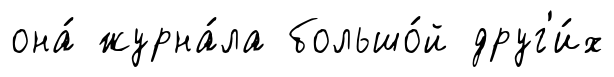
она́ журна́ла большо́й друг'и́х